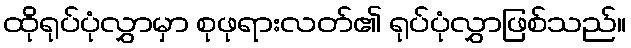
ထိုရုပ်ပုံလွှာမှာ စုဖုရားလတ်၏ ရုပ်ပုံလွှာဖြစ်သည်။